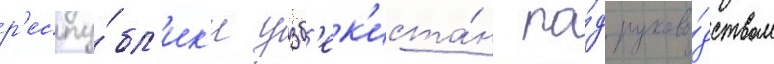
р'еспу́бл'ик'и узб'ек'иста́н по́д руково́дством